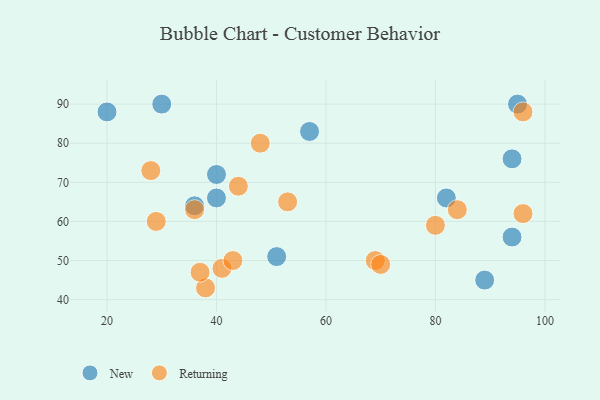
{"axis": {"x": "GDP", "y": "Life Expectancy"}, "legend": ["New", "Returning"], "data": [{"x": "94", "y": 56, "type": "New"}, {"x": "20", "y": 88, "type": "New"}, {"x": "30", "y": 90, "type": "New"}, {"x": "57", "y": 83, "type": "New"}, {"x": "89", "y": 45, "type": "New"}, {"x": "82", "y": 66, "type": "New"}, {"x": "36", "y": 64, "type": "New"}, {"x": "40", "y": 72, "type": "New"}, {"x": "51", "y": 51, "type": "New"}, {"x": "95", "y": 90, "type": "New"}, {"x": "94", "y": 76, "type": "New"}, {"x": "40", "y": 66, "type": "New"}, {"x": "28", "y": 73, "type": "Returning"}, {"x": "69", "y": 50, "type": "Returning"}, {"x": "53", "y": 65, "type": "Returning"}, {"x": "80", "y": 59, "type": "Returning"}, {"x": "38", "y": 43, "type": "Returning"}, {"x": "70", "y": 49, "type": "Returning"}, {"x": "44", "y": 69, "type": "Returning"}, {"x": "29", "y": 60, "type": "Returning"}, {"x": "41", "y": 48, "type": "Returning"}, {"x": "36", "y": 63, "type": "Returning"}, {"x": "43", "y": 50, "type": "Returning"}, {"x": "96", "y": 88, "type": "Returning"}, {"x": "84", "y": 63, "type": "Returning"}, {"x": "96", "y": 62, "type": "Returning"}, {"x": "37", "y": 47, "type": "Returning"}, {"x": "48", "y": 80, "type": "Returning"}]}